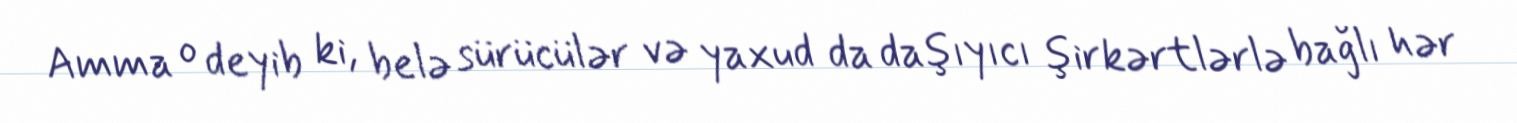
Amma o deyib ki, belə sürücülər və yaxud da daşıyıcı şirkərtlərlə bağlı hər